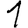
Digit: 1